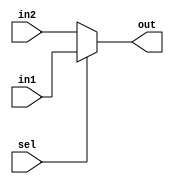
module mux2_1
(
input wire in1, //1
input wire in2, //2
input wire sel, //

output wire out //
);

 //out:
 //
 //"?
assign out = (sel == 1'b1) ? in1 : in2 ;

endmodule